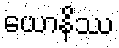
ယောနိဿ